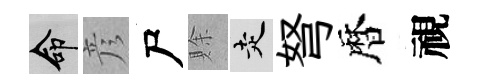
命彦尸賖走弩暦視